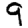
Digit: 9